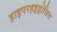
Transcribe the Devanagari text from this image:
हाइपरहइड्रोसिस